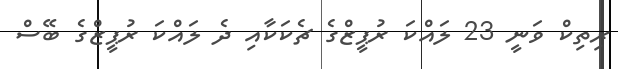
ރިތިކް ވަނީ 23 ލައްކަ ރުޕީޒްގެ ޗެކަކާއި ދެ ލައްކަ ރުޕީޒްގެ ބޭސް